Report on vaccination in Madras 1904-1921 - 1904-1921
Year: 1904
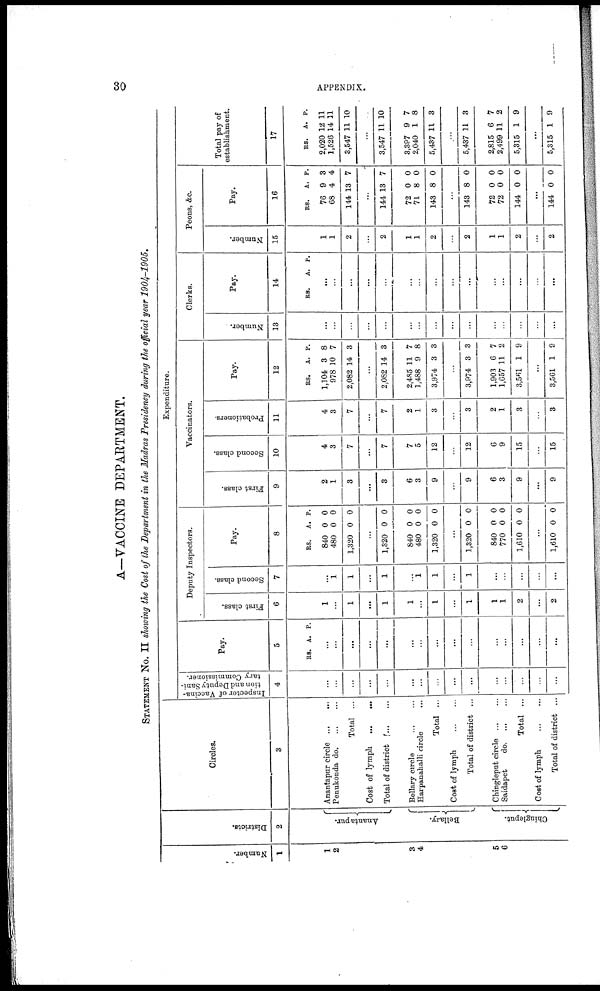
30
APPENDIX.
A—VACCINE DEPARTMENT.
STATEMENT No. II showing the Cost of the Department in the Madras Presidency during the official year 1904—1905.
Number.
1
1
2
3
4
5
6
Districts.
2
Anantapur.
Bellary.
Chingleput.
Circles.
3
Anantapur
circle...
...
Penukonda d
o
. ... ...
Total ...
Cost of lymph
...
...
Total of district...
...
Bellary circle
...
...
Harpanahalli circle...
Total ...
Cost of
lymph...
...
Total of district ...
Chingleput circle... ...
Saidapet
d
o
. ... ...
Total ...
Cost of
lymph...
...
Total of district ...
Expenditure.
Inspector of Vaccina-
tion and Deputy Sani-
tary Commissioner.
4
...
...
...
...
...
...
...
...
...
...
...
...
...
...
...
Pay.
5
RS. A. P.
...
...
...
...
...
...
...
...
...
...
...
...
...
...
...
Deputy Inspectors.
First class.
6
1
...
1
...
1
1
...
1
...
1
1
1
2
...
2
Second class.
7
...
1
1
...
1
...
1
1
...
l
...
...
...
...
...
Pay.
8
RS.
840
480
1,320
A.
0
0
0
P.
0
0
0
...
1,320
840
480
1,320
0
0
0
0
0
0
0
0
...
1,320
840
770
1,610
0
0
0
0
0
0
0
0
...
1,610 0 0
Vaccinators.
First class.
9
2
1
3
...
3
6
3
9
...
9
6
3
9
...
9
Second class.
10
4
3
7
...
7
7
5
12
...
12
6
9
15
...
15
Probationers.
11
4
3
7
...
7
2
1
3
...
3
2
1
3
...
3
Pay.
12
RS0
1,104
978
2,082
A.
3
10
14
P.
8
7
3
...
2,082
2,485
1,488
3,974
14
11
9
3
3
7
8
3
...
3,974
1,903
1,657
3,561
3
6
11
1
3
7
2
9
...
3,561 1 9
Clerks.
Number.
13
...
...
...
...
...
...
...
...
...
...
...
...
...
...
...
Pay.
14
RS.
A. P.
...
...
...
...
...
...
...
...
...
...
...
...
...
...
...
Peons, &c.
Number.
15
1
1
2
...
2
1
1
2
...
2
1
1
2
...
2
Pay.
16
RS.
76
68
144
A.
9
4
13
P.
3
4
7
...
144
72
71
143
13
0
8
8
7
0
0
0
...
143
72
72
144
8
0
0
0
0
0
0
0
...
144 0 0
Total pay of
establishment.
17
RS.
2,020
1,526
3,547
A.
12
14
11
P.
11
11
10
...
3,547
3,397
2,040
5,437
11
9
1
11
10
7
8
3
...
5,437
2,815
2,499
5,315
11
6
11
1
3
7
2
9
...
5,315 1 9